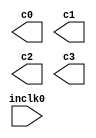
// megafunction wizard: %ALTPLL%VBB%
// GENERATION: STANDARD
// VERSION: WM1.0
// MODULE: altpll 

// ============================================================
// Megafunction Name(s):
// 			altpll
//
// Simulation Library Files(s):
// 			altera_mf
// ============================================================
// ************************************************************
// THIS IS A WIZARD-GENERATED FILE. DO NOT EDIT THIS FILE!
//
// 13.0.1 Build 232 06/12/2013 SP 1 SJ Full Version
// ************************************************************

//Copyright (C) 1991-2013 Altera Corporation
//Your use of Altera Corporation's design tools, logic functions 
//and other software and tools, and its AMPP partner logic 
//functions, and any output files from any of the foregoing 
//(including device programming or simulation files), and any 
//associated documentation or information are expressly subject 
//to the terms and conditions of the Altera Program License 
//Subscription Agreement, Altera MegaCore Function License 
//Agreement, or other applicable license agreement, including, 
//without limitation, that your use is for the sole purpose of 
//programming logic devices manufactured by Altera and sold by 
//Altera or its authorized distributors.  Please refer to the 
//applicable agreement for further details.

module altpll0 (
	inclk0,
	c0,
	c1,
	c2,
	c3);

	input	  inclk0;
	output	  c0;
	output	  c1;
	output	  c2;
	output	  c3;

endmodule

// ============================================================
// CNX file retrieval info
// ============================================================
// Retrieval info: PRIVATE: ACTIVECLK_CHECK STRING "0"
// Retrieval info: PRIVATE: BANDWIDTH STRING "1.000"
// Retrieval info: PRIVATE: BANDWIDTH_FEATURE_ENABLED STRING "1"
// Retrieval info: PRIVATE: BANDWIDTH_FREQ_UNIT STRING "MHz"
// Retrieval info: PRIVATE: BANDWIDTH_PRESET STRING "Low"
// Retrieval info: PRIVATE: BANDWIDTH_USE_AUTO STRING "1"
// Retrieval info: PRIVATE: BANDWIDTH_USE_PRESET STRING "0"
// Retrieval info: PRIVATE: CLKBAD_SWITCHOVER_CHECK STRING "0"
// Retrieval info: PRIVATE: CLKLOSS_CHECK STRING "0"
// Retrieval info: PRIVATE: CLKSWITCH_CHECK STRING "0"
// Retrieval info: PRIVATE: CNX_NO_COMPENSATE_RADIO STRING "0"
// Retrieval info: PRIVATE: CREATE_CLKBAD_CHECK STRING "0"
// Retrieval info: PRIVATE: CREATE_INCLK1_CHECK STRING "0"
// Retrieval info: PRIVATE: CUR_DEDICATED_CLK STRING "c0"
// Retrieval info: PRIVATE: CUR_FBIN_CLK STRING "c0"
// Retrieval info: PRIVATE: DEVICE_SPEED_GRADE STRING "8"
// Retrieval info: PRIVATE: DIV_FACTOR0 NUMERIC "4"
// Retrieval info: PRIVATE: DIV_FACTOR1 NUMERIC "48"
// Retrieval info: PRIVATE: DIV_FACTOR2 NUMERIC "24"
// Retrieval info: PRIVATE: DIV_FACTOR3 NUMERIC "480"
// Retrieval info: PRIVATE: DUTY_CYCLE0 STRING "50.00000000"
// Retrieval info: PRIVATE: DUTY_CYCLE1 STRING "50.00000000"
// Retrieval info: PRIVATE: DUTY_CYCLE2 STRING "50.00000000"
// Retrieval info: PRIVATE: DUTY_CYCLE3 STRING "50.00000000"
// Retrieval info: PRIVATE: EFF_OUTPUT_FREQ_VALUE0 STRING "300.000000"
// Retrieval info: PRIVATE: EFF_OUTPUT_FREQ_VALUE1 STRING "1.000000"
// Retrieval info: PRIVATE: EFF_OUTPUT_FREQ_VALUE2 STRING "10.000000"
// Retrieval info: PRIVATE: EFF_OUTPUT_FREQ_VALUE3 STRING "0.100000"
// Retrieval info: PRIVATE: EXPLICIT_SWITCHOVER_COUNTER STRING "0"
// Retrieval info: PRIVATE: EXT_FEEDBACK_RADIO STRING "0"
// Retrieval info: PRIVATE: GLOCKED_COUNTER_EDIT_CHANGED STRING "1"
// Retrieval info: PRIVATE: GLOCKED_FEATURE_ENABLED STRING "0"
// Retrieval info: PRIVATE: GLOCKED_MODE_CHECK STRING "0"
// Retrieval info: PRIVATE: GLOCK_COUNTER_EDIT NUMERIC "1048575"
// Retrieval info: PRIVATE: HAS_MANUAL_SWITCHOVER STRING "1"
// Retrieval info: PRIVATE: INCLK0_FREQ_EDIT STRING "48.000"
// Retrieval info: PRIVATE: INCLK0_FREQ_UNIT_COMBO STRING "MHz"
// Retrieval info: PRIVATE: INCLK1_FREQ_EDIT STRING "100.000"
// Retrieval info: PRIVATE: INCLK1_FREQ_EDIT_CHANGED STRING "1"
// Retrieval info: PRIVATE: INCLK1_FREQ_UNIT_CHANGED STRING "1"
// Retrieval info: PRIVATE: INCLK1_FREQ_UNIT_COMBO STRING "MHz"
// Retrieval info: PRIVATE: INTENDED_DEVICE_FAMILY STRING "Cyclone IV E"
// Retrieval info: PRIVATE: INT_FEEDBACK__MODE_RADIO STRING "1"
// Retrieval info: PRIVATE: LOCKED_OUTPUT_CHECK STRING "0"
// Retrieval info: PRIVATE: LONG_SCAN_RADIO STRING "1"
// Retrieval info: PRIVATE: LVDS_MODE_DATA_RATE STRING "Not Available"
// Retrieval info: PRIVATE: LVDS_MODE_DATA_RATE_DIRTY NUMERIC "0"
// Retrieval info: PRIVATE: LVDS_PHASE_SHIFT_UNIT0 STRING "deg"
// Retrieval info: PRIVATE: LVDS_PHASE_SHIFT_UNIT1 STRING "ps"
// Retrieval info: PRIVATE: LVDS_PHASE_SHIFT_UNIT2 STRING "ps"
// Retrieval info: PRIVATE: LVDS_PHASE_SHIFT_UNIT3 STRING "ps"
// Retrieval info: PRIVATE: MIG_DEVICE_SPEED_GRADE STRING "Any"
// Retrieval info: PRIVATE: MIRROR_CLK0 STRING "0"
// Retrieval info: PRIVATE: MIRROR_CLK1 STRING "0"
// Retrieval info: PRIVATE: MIRROR_CLK2 STRING "0"
// Retrieval info: PRIVATE: MIRROR_CLK3 STRING "0"
// Retrieval info: PRIVATE: MULT_FACTOR0 NUMERIC "25"
// Retrieval info: PRIVATE: MULT_FACTOR1 NUMERIC "1"
// Retrieval info: PRIVATE: MULT_FACTOR2 NUMERIC "5"
// Retrieval info: PRIVATE: MULT_FACTOR3 NUMERIC "1"
// Retrieval info: PRIVATE: NORMAL_MODE_RADIO STRING "1"
// Retrieval info: PRIVATE: OUTPUT_FREQ0 STRING "300.00000000"
// Retrieval info: PRIVATE: OUTPUT_FREQ1 STRING "1.00000000"
// Retrieval info: PRIVATE: OUTPUT_FREQ2 STRING "10.00000000"
// Retrieval info: PRIVATE: OUTPUT_FREQ3 STRING "0.10000000"
// Retrieval info: PRIVATE: OUTPUT_FREQ_MODE0 STRING "0"
// Retrieval info: PRIVATE: OUTPUT_FREQ_MODE1 STRING "0"
// Retrieval info: PRIVATE: OUTPUT_FREQ_MODE2 STRING "0"
// Retrieval info: PRIVATE: OUTPUT_FREQ_MODE3 STRING "0"
// Retrieval info: PRIVATE: OUTPUT_FREQ_UNIT0 STRING "MHz"
// Retrieval info: PRIVATE: OUTPUT_FREQ_UNIT1 STRING "MHz"
// Retrieval info: PRIVATE: OUTPUT_FREQ_UNIT2 STRING "MHz"
// Retrieval info: PRIVATE: OUTPUT_FREQ_UNIT3 STRING "MHz"
// Retrieval info: PRIVATE: PHASE_RECONFIG_FEATURE_ENABLED STRING "1"
// Retrieval info: PRIVATE: PHASE_RECONFIG_INPUTS_CHECK STRING "0"
// Retrieval info: PRIVATE: PHASE_SHIFT0 STRING "0.00000000"
// Retrieval info: PRIVATE: PHASE_SHIFT1 STRING "0.00000000"
// Retrieval info: PRIVATE: PHASE_SHIFT2 STRING "0.00000000"
// Retrieval info: PRIVATE: PHASE_SHIFT3 STRING "0.00000000"
// Retrieval info: PRIVATE: PHASE_SHIFT_STEP_ENABLED_CHECK STRING "0"
// Retrieval info: PRIVATE: PHASE_SHIFT_UNIT0 STRING "deg"
// Retrieval info: PRIVATE: PHASE_SHIFT_UNIT1 STRING "ps"
// Retrieval info: PRIVATE: PHASE_SHIFT_UNIT2 STRING "ps"
// Retrieval info: PRIVATE: PHASE_SHIFT_UNIT3 STRING "ps"
// Retrieval info: PRIVATE: PLL_ADVANCED_PARAM_CHECK STRING "0"
// Retrieval info: PRIVATE: PLL_ARESET_CHECK STRING "0"
// Retrieval info: PRIVATE: PLL_AUTOPLL_CHECK NUMERIC "1"
// Retrieval info: PRIVATE: PLL_ENHPLL_CHECK NUMERIC "0"
// Retrieval info: PRIVATE: PLL_FASTPLL_CHECK NUMERIC "0"
// Retrieval info: PRIVATE: PLL_FBMIMIC_CHECK STRING "0"
// Retrieval info: PRIVATE: PLL_LVDS_PLL_CHECK NUMERIC "0"
// Retrieval info: PRIVATE: PLL_PFDENA_CHECK STRING "0"
// Retrieval info: PRIVATE: PLL_TARGET_HARCOPY_CHECK NUMERIC "0"
// Retrieval info: PRIVATE: PRIMARY_CLK_COMBO STRING "inclk0"
// Retrieval info: PRIVATE: RECONFIG_FILE STRING "altpll0.mif"
// Retrieval info: PRIVATE: SACN_INPUTS_CHECK STRING "0"
// Retrieval info: PRIVATE: SCAN_FEATURE_ENABLED STRING "1"
// Retrieval info: PRIVATE: SELF_RESET_LOCK_LOSS STRING "0"
// Retrieval info: PRIVATE: SHORT_SCAN_RADIO STRING "0"
// Retrieval info: PRIVATE: SPREAD_FEATURE_ENABLED STRING "0"
// Retrieval info: PRIVATE: SPREAD_FREQ STRING "50.000"
// Retrieval info: PRIVATE: SPREAD_FREQ_UNIT STRING "KHz"
// Retrieval info: PRIVATE: SPREAD_PERCENT STRING "0.500"
// Retrieval info: PRIVATE: SPREAD_USE STRING "0"
// Retrieval info: PRIVATE: SRC_SYNCH_COMP_RADIO STRING "0"
// Retrieval info: PRIVATE: STICKY_CLK0 STRING "1"
// Retrieval info: PRIVATE: STICKY_CLK1 STRING "1"
// Retrieval info: PRIVATE: STICKY_CLK2 STRING "1"
// Retrieval info: PRIVATE: STICKY_CLK3 STRING "1"
// Retrieval info: PRIVATE: SWITCHOVER_COUNT_EDIT NUMERIC "1"
// Retrieval info: PRIVATE: SWITCHOVER_FEATURE_ENABLED STRING "1"
// Retrieval info: PRIVATE: SYNTH_WRAPPER_GEN_POSTFIX STRING "0"
// Retrieval info: PRIVATE: USE_CLK0 STRING "1"
// Retrieval info: PRIVATE: USE_CLK1 STRING "1"
// Retrieval info: PRIVATE: USE_CLK2 STRING "1"
// Retrieval info: PRIVATE: USE_CLK3 STRING "1"
// Retrieval info: PRIVATE: USE_CLKENA0 STRING "0"
// Retrieval info: PRIVATE: USE_CLKENA1 STRING "0"
// Retrieval info: PRIVATE: USE_CLKENA2 STRING "0"
// Retrieval info: PRIVATE: USE_CLKENA3 STRING "0"
// Retrieval info: PRIVATE: USE_MIL_SPEED_GRADE NUMERIC "0"
// Retrieval info: PRIVATE: ZERO_DELAY_RADIO STRING "0"
// Retrieval info: LIBRARY: altera_mf altera_mf.altera_mf_components.all
// Retrieval info: CONSTANT: BANDWIDTH_TYPE STRING "AUTO"
// Retrieval info: CONSTANT: CLK0_DIVIDE_BY NUMERIC "4"
// Retrieval info: CONSTANT: CLK0_DUTY_CYCLE NUMERIC "50"
// Retrieval info: CONSTANT: CLK0_MULTIPLY_BY NUMERIC "25"
// Retrieval info: CONSTANT: CLK0_PHASE_SHIFT STRING "0"
// Retrieval info: CONSTANT: CLK1_DIVIDE_BY NUMERIC "48"
// Retrieval info: CONSTANT: CLK1_DUTY_CYCLE NUMERIC "50"
// Retrieval info: CONSTANT: CLK1_MULTIPLY_BY NUMERIC "1"
// Retrieval info: CONSTANT: CLK1_PHASE_SHIFT STRING "0"
// Retrieval info: CONSTANT: CLK2_DIVIDE_BY NUMERIC "24"
// Retrieval info: CONSTANT: CLK2_DUTY_CYCLE NUMERIC "50"
// Retrieval info: CONSTANT: CLK2_MULTIPLY_BY NUMERIC "5"
// Retrieval info: CONSTANT: CLK2_PHASE_SHIFT STRING "0"
// Retrieval info: CONSTANT: CLK3_DIVIDE_BY NUMERIC "480"
// Retrieval info: CONSTANT: CLK3_DUTY_CYCLE NUMERIC "50"
// Retrieval info: CONSTANT: CLK3_MULTIPLY_BY NUMERIC "1"
// Retrieval info: CONSTANT: CLK3_PHASE_SHIFT STRING "0"
// Retrieval info: CONSTANT: COMPENSATE_CLOCK STRING "CLK0"
// Retrieval info: CONSTANT: INCLK0_INPUT_FREQUENCY NUMERIC "20833"
// Retrieval info: CONSTANT: INTENDED_DEVICE_FAMILY STRING "Cyclone IV E"
// Retrieval info: CONSTANT: LPM_TYPE STRING "altpll"
// Retrieval info: CONSTANT: OPERATION_MODE STRING "NORMAL"
// Retrieval info: CONSTANT: PLL_TYPE STRING "AUTO"
// Retrieval info: CONSTANT: PORT_ACTIVECLOCK STRING "PORT_UNUSED"
// Retrieval info: CONSTANT: PORT_ARESET STRING "PORT_UNUSED"
// Retrieval info: CONSTANT: PORT_CLKBAD0 STRING "PORT_UNUSED"
// Retrieval info: CONSTANT: PORT_CLKBAD1 STRING "PORT_UNUSED"
// Retrieval info: CONSTANT: PORT_CLKLOSS STRING "PORT_UNUSED"
// Retrieval info: CONSTANT: PORT_CLKSWITCH STRING "PORT_UNUSED"
// Retrieval info: CONSTANT: PORT_CONFIGUPDATE STRING "PORT_UNUSED"
// Retrieval info: CONSTANT: PORT_FBIN STRING "PORT_UNUSED"
// Retrieval info: CONSTANT: PORT_INCLK0 STRING "PORT_USED"
// Retrieval info: CONSTANT: PORT_INCLK1 STRING "PORT_UNUSED"
// Retrieval info: CONSTANT: PORT_LOCKED STRING "PORT_UNUSED"
// Retrieval info: CONSTANT: PORT_PFDENA STRING "PORT_UNUSED"
// Retrieval info: CONSTANT: PORT_PHASECOUNTERSELECT STRING "PORT_UNUSED"
// Retrieval info: CONSTANT: PORT_PHASEDONE STRING "PORT_UNUSED"
// Retrieval info: CONSTANT: PORT_PHASESTEP STRING "PORT_UNUSED"
// Retrieval info: CONSTANT: PORT_PHASEUPDOWN STRING "PORT_UNUSED"
// Retrieval info: CONSTANT: PORT_PLLENA STRING "PORT_UNUSED"
// Retrieval info: CONSTANT: PORT_SCANACLR STRING "PORT_UNUSED"
// Retrieval info: CONSTANT: PORT_SCANCLK STRING "PORT_UNUSED"
// Retrieval info: CONSTANT: PORT_SCANCLKENA STRING "PORT_UNUSED"
// Retrieval info: CONSTANT: PORT_SCANDATA STRING "PORT_UNUSED"
// Retrieval info: CONSTANT: PORT_SCANDATAOUT STRING "PORT_UNUSED"
// Retrieval info: CONSTANT: PORT_SCANDONE STRING "PORT_UNUSED"
// Retrieval info: CONSTANT: PORT_SCANREAD STRING "PORT_UNUSED"
// Retrieval info: CONSTANT: PORT_SCANWRITE STRING "PORT_UNUSED"
// Retrieval info: CONSTANT: PORT_clk0 STRING "PORT_USED"
// Retrieval info: CONSTANT: PORT_clk1 STRING "PORT_USED"
// Retrieval info: CONSTANT: PORT_clk2 STRING "PORT_USED"
// Retrieval info: CONSTANT: PORT_clk3 STRING "PORT_USED"
// Retrieval info: CONSTANT: PORT_clk4 STRING "PORT_UNUSED"
// Retrieval info: CONSTANT: PORT_clk5 STRING "PORT_UNUSED"
// Retrieval info: CONSTANT: PORT_clkena0 STRING "PORT_UNUSED"
// Retrieval info: CONSTANT: PORT_clkena1 STRING "PORT_UNUSED"
// Retrieval info: CONSTANT: PORT_clkena2 STRING "PORT_UNUSED"
// Retrieval info: CONSTANT: PORT_clkena3 STRING "PORT_UNUSED"
// Retrieval info: CONSTANT: PORT_clkena4 STRING "PORT_UNUSED"
// Retrieval info: CONSTANT: PORT_clkena5 STRING "PORT_UNUSED"
// Retrieval info: CONSTANT: PORT_extclk0 STRING "PORT_UNUSED"
// Retrieval info: CONSTANT: PORT_extclk1 STRING "PORT_UNUSED"
// Retrieval info: CONSTANT: PORT_extclk2 STRING "PORT_UNUSED"
// Retrieval info: CONSTANT: PORT_extclk3 STRING "PORT_UNUSED"
// Retrieval info: CONSTANT: WIDTH_CLOCK NUMERIC "5"
// Retrieval info: USED_PORT: @clk 0 0 5 0 OUTPUT_CLK_EXT VCC "@clk[4..0]"
// Retrieval info: USED_PORT: c0 0 0 0 0 OUTPUT_CLK_EXT VCC "c0"
// Retrieval info: USED_PORT: c1 0 0 0 0 OUTPUT_CLK_EXT VCC "c1"
// Retrieval info: USED_PORT: c2 0 0 0 0 OUTPUT_CLK_EXT VCC "c2"
// Retrieval info: USED_PORT: c3 0 0 0 0 OUTPUT_CLK_EXT VCC "c3"
// Retrieval info: USED_PORT: inclk0 0 0 0 0 INPUT_CLK_EXT GND "inclk0"
// Retrieval info: CONNECT: @inclk 0 0 1 1 GND 0 0 0 0
// Retrieval info: CONNECT: @inclk 0 0 1 0 inclk0 0 0 0 0
// Retrieval info: CONNECT: c0 0 0 0 0 @clk 0 0 1 0
// Retrieval info: CONNECT: c1 0 0 0 0 @clk 0 0 1 1
// Retrieval info: CONNECT: c2 0 0 0 0 @clk 0 0 1 2
// Retrieval info: CONNECT: c3 0 0 0 0 @clk 0 0 1 3
// Retrieval info: GEN_FILE: TYPE_NORMAL altpll0.v TRUE
// Retrieval info: GEN_FILE: TYPE_NORMAL altpll0.ppf TRUE
// Retrieval info: GEN_FILE: TYPE_NORMAL altpll0.inc FALSE
// Retrieval info: GEN_FILE: TYPE_NORMAL altpll0.cmp FALSE
// Retrieval info: GEN_FILE: TYPE_NORMAL altpll0.bsf TRUE
// Retrieval info: GEN_FILE: TYPE_NORMAL altpll0_inst.v TRUE
// Retrieval info: GEN_FILE: TYPE_NORMAL altpll0_bb.v TRUE
// Retrieval info: LIB_FILE: altera_mf
// Retrieval info: CBX_MODULE_PREFIX: ON